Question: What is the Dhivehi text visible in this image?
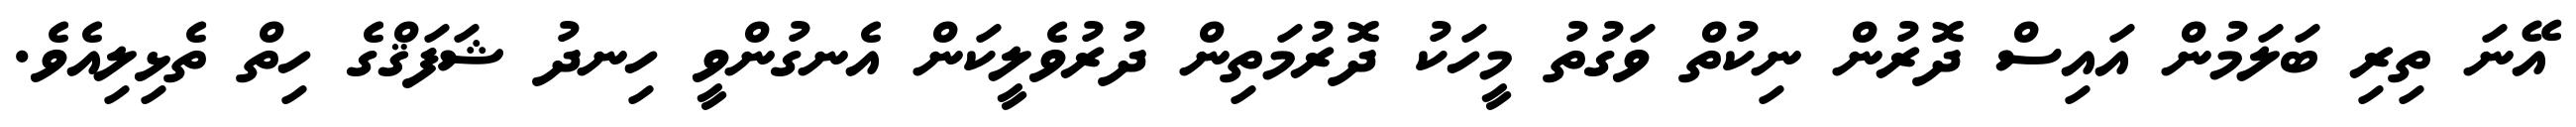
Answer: އޭނަ ތިރި ބަލަމުން އައިސް ދޮރުން ނިކުތް ވަގުތު މީހަކު ދޮރުމަތިން ދުރުވެލީކަން އެނގުންވީ ހިނދު ޝަފަޤްގެ ހިތް ތެޅިލިއެވެ.